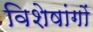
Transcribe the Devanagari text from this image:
विशेषांगों